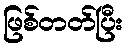
ဖြစ်တတ်ပြီး